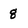
Character: g